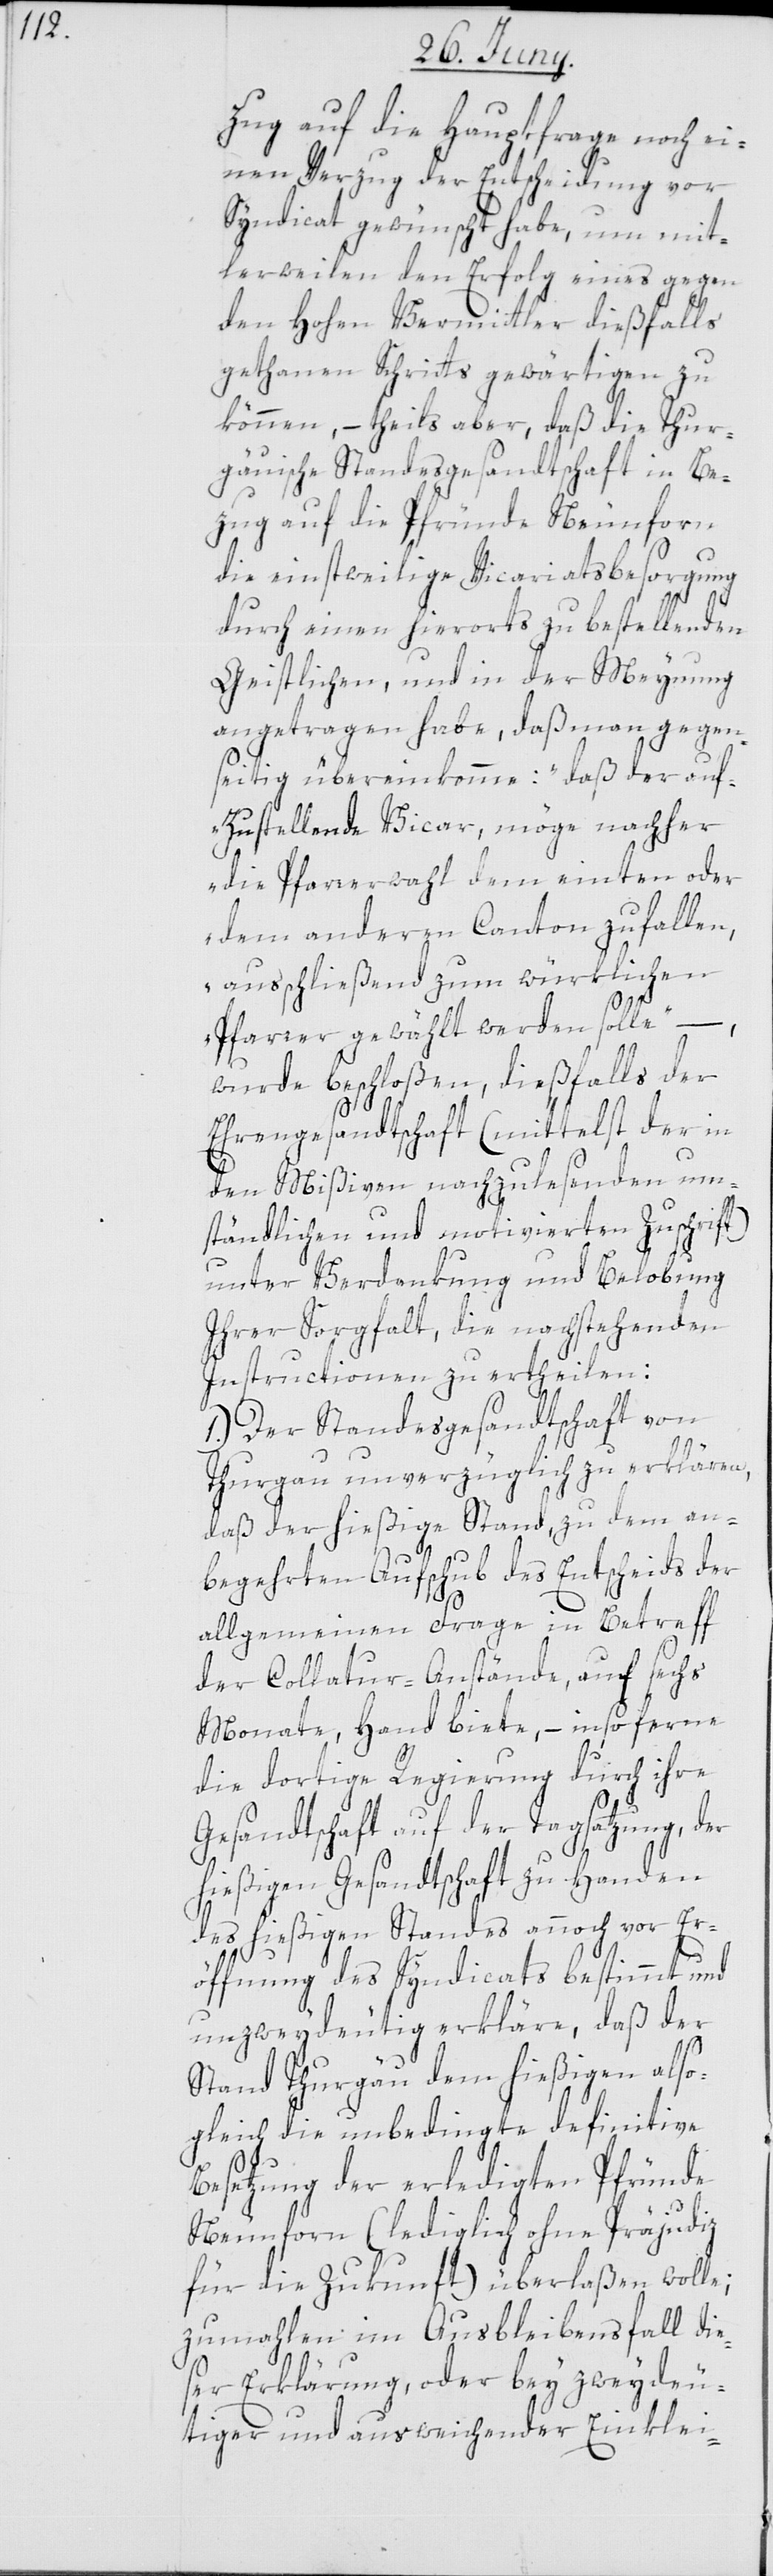
zug auf die Hauptfrage noch ei¬
nen Verzug der Entscheidung vor
Syndicat gewünscht habe, um mit¬
lerweilen den Erfolg eines gegen
den Hohen Vermittler dießfalls
gethanen Schritts gewärtigen zu
können, – theils aber, daß die Thur¬
gäuische Standesgesandtschaft in Be¬
zug auf die Pfründe Neunforn
die einstweilige Vicariatsbesorgung
durch einen hierorts zu bestellenden
Geistlichen, und in der Meynung
angetragen habe, daß man gegen¬
seitig übereinkomme: „daß der auf¬
zustellende Vicar, möge nachher
die Pfarrerwahl dem einten oder
dem anderen Canton zufallen,
ausschließend zum würklichen
Pfarrer gewählt werden solle“, –
wurde beschloßen, dießfalls der
Ehrengesandtschaft (mittelst der in
den Mißiven nachzulesenden um¬
ständlichen und motivierten Zuschrift)
unter Verdankung und Belobung
Ihrer Sorgfalt, die nachstehenden
Instructionen zu ertheilen:
1.) Der Standesgesandtschaft von
Thurgau unverzüglich zu erklären,
daß der hießige Stand, zu dem an¬
begehrten Aufschub des Entscheids der
allgemeinen Frage in Betreff
der Collatur-Anstände, auf sechs
Monate Hand biete, – insoferne
die dortige Regierung durch ihre
Gesandtschaft auf der Tagsatzung, der
hießigen Gesandtschaft zu Handen
des hießigen Standes annoch vor Er¬
öffnung des Syndicats bestimmt und
unzweydeutig erkläre, daß der
Stand Thurgäu dem hießigen also¬
gleich die unbedingte definitive
Besetzung der erledigten Pfründe
Neunforn (lediglich ohne Präjudiz
für die Zukunft) überlaßen wolle;
zumahlen im Ausbleibensfall die¬
ser Erklärung, oder bey zweydeu¬
tiger und ausweichender Einklei-